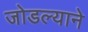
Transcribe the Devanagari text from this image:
जोडल्याने